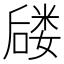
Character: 𪢈